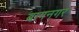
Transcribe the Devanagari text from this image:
बागनगर